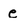
Character: e